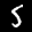
Label: 5